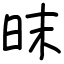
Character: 昩